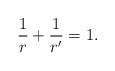
\begin{align*}\frac 1 r + \frac 1 {r'} = 1.\end{align*}